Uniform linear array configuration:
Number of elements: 24
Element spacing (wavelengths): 0.5
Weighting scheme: cosine
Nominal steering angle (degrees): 45
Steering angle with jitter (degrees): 43.172
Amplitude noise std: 0.05
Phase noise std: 0.05

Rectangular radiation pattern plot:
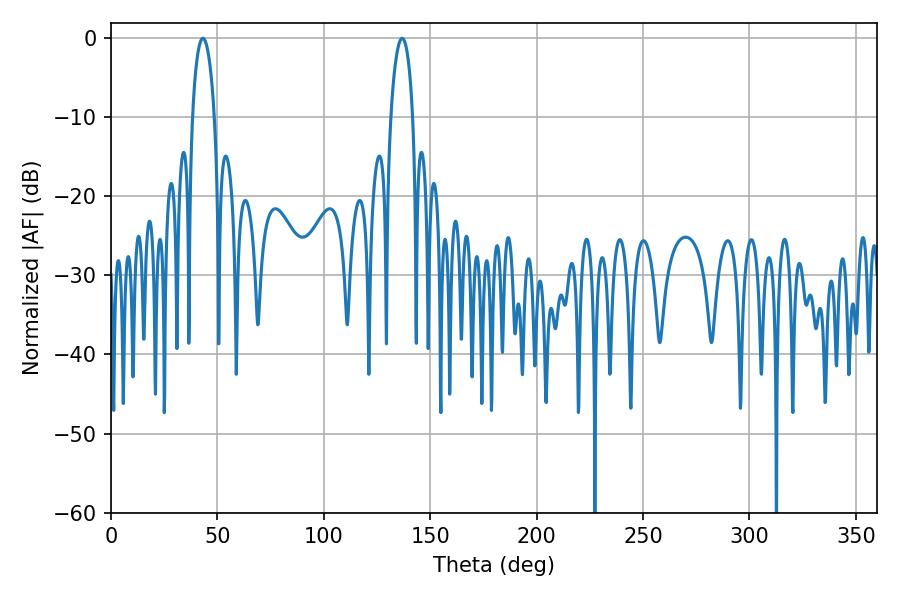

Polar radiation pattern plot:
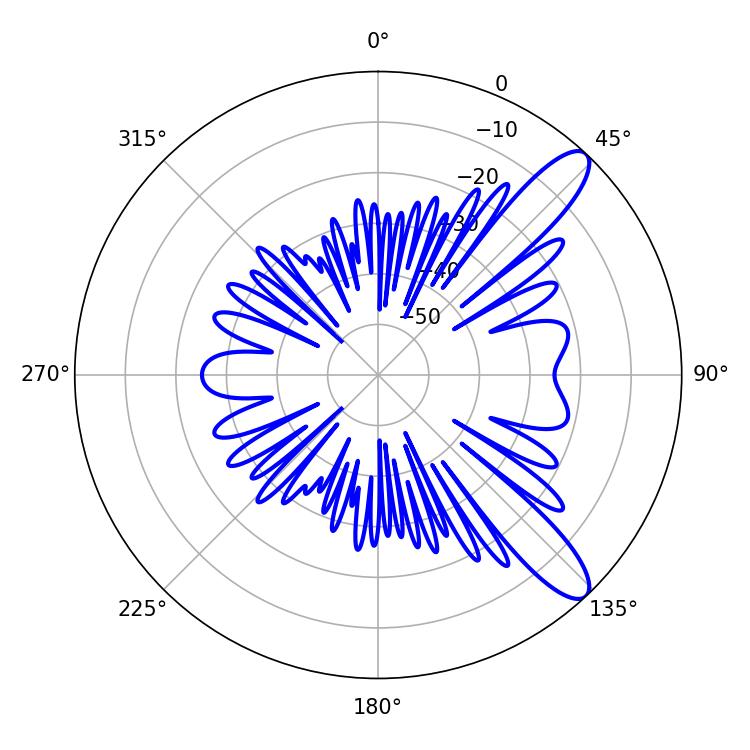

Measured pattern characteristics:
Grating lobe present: FALSE
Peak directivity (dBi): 11.044
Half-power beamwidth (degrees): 5.94
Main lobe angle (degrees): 43.2